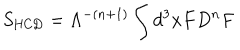
S _ { \mathrm { H C D } } = { \Lambda ^ { - ( n + 1 ) } } \int d ^ { 3 } x F D ^ { n } F